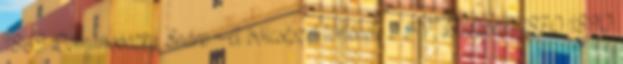
1869 Domanovszky Endre: A bölcsészet története I–IV., Budapest, 1870–1890